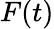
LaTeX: F(t)